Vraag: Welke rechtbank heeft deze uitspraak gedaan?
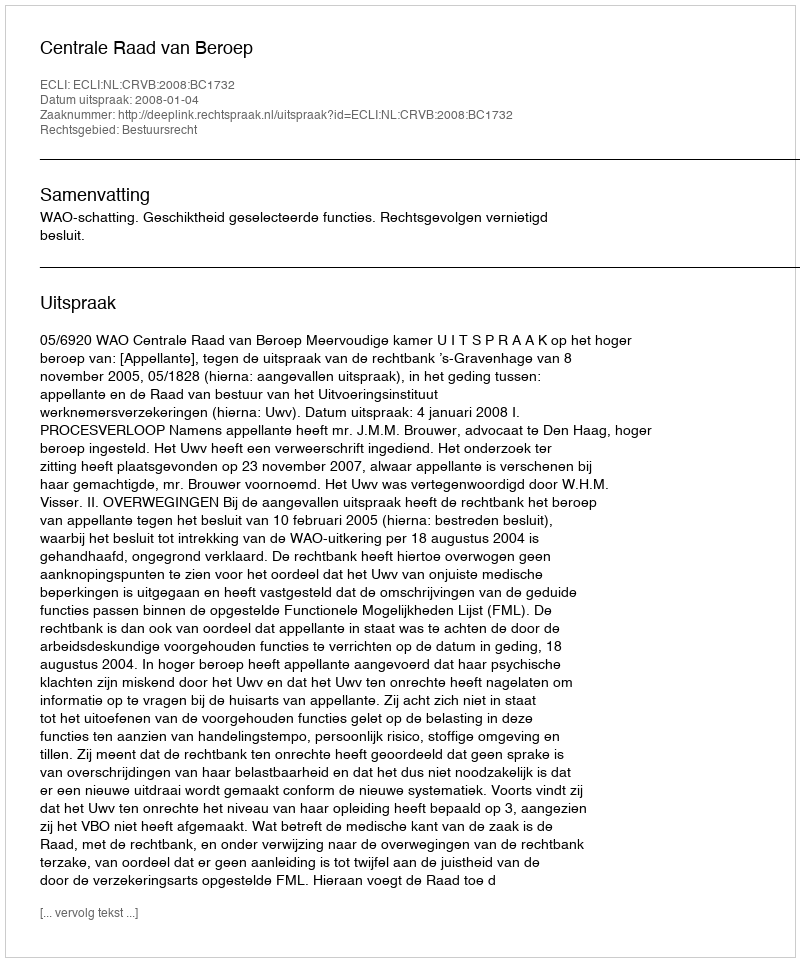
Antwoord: Centrale Raad van Beroep